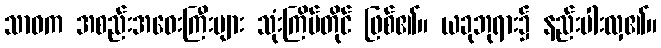
သာဝက အစည်းအဝေးကြီးများ သုံးကြိမ်တိုင် ဖြစ်၏။ ယခုဘုရား၌ နည်းပါးလှ၏။